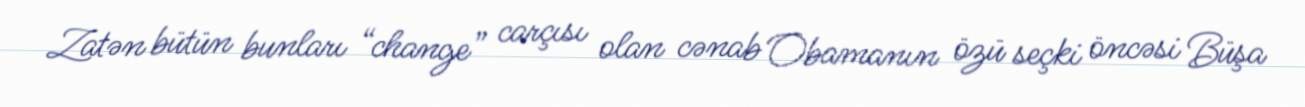
Zatən bütün bunları “change” carçısı olan cənab Obamanın özü seçki öncəsi Büşa